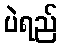
ပဲရည်